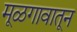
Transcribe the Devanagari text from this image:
मूळगावातून